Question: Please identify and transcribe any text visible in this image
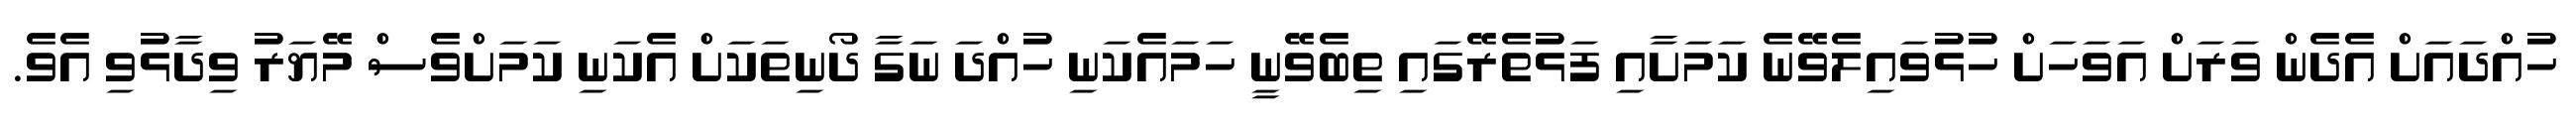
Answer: ހުއްދައަށް އެދެން ވަރަށް އަވަހަށް ހުޅުވައިލެވޭނެ ކަމަށާއި ފަޅުތެރޭގައި ތިބެވޭނީ ހަމައެކަނި ހުއްދަ ނަގާ ދޯނިތަކަށް އެކަނި ކަމަށްވެސް މޭޔަރު ވިދާޅުވި އެވެ.